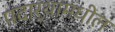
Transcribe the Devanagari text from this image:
पदार्थामधील